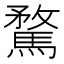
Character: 騖